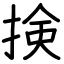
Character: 𢮦